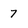
Character: 7